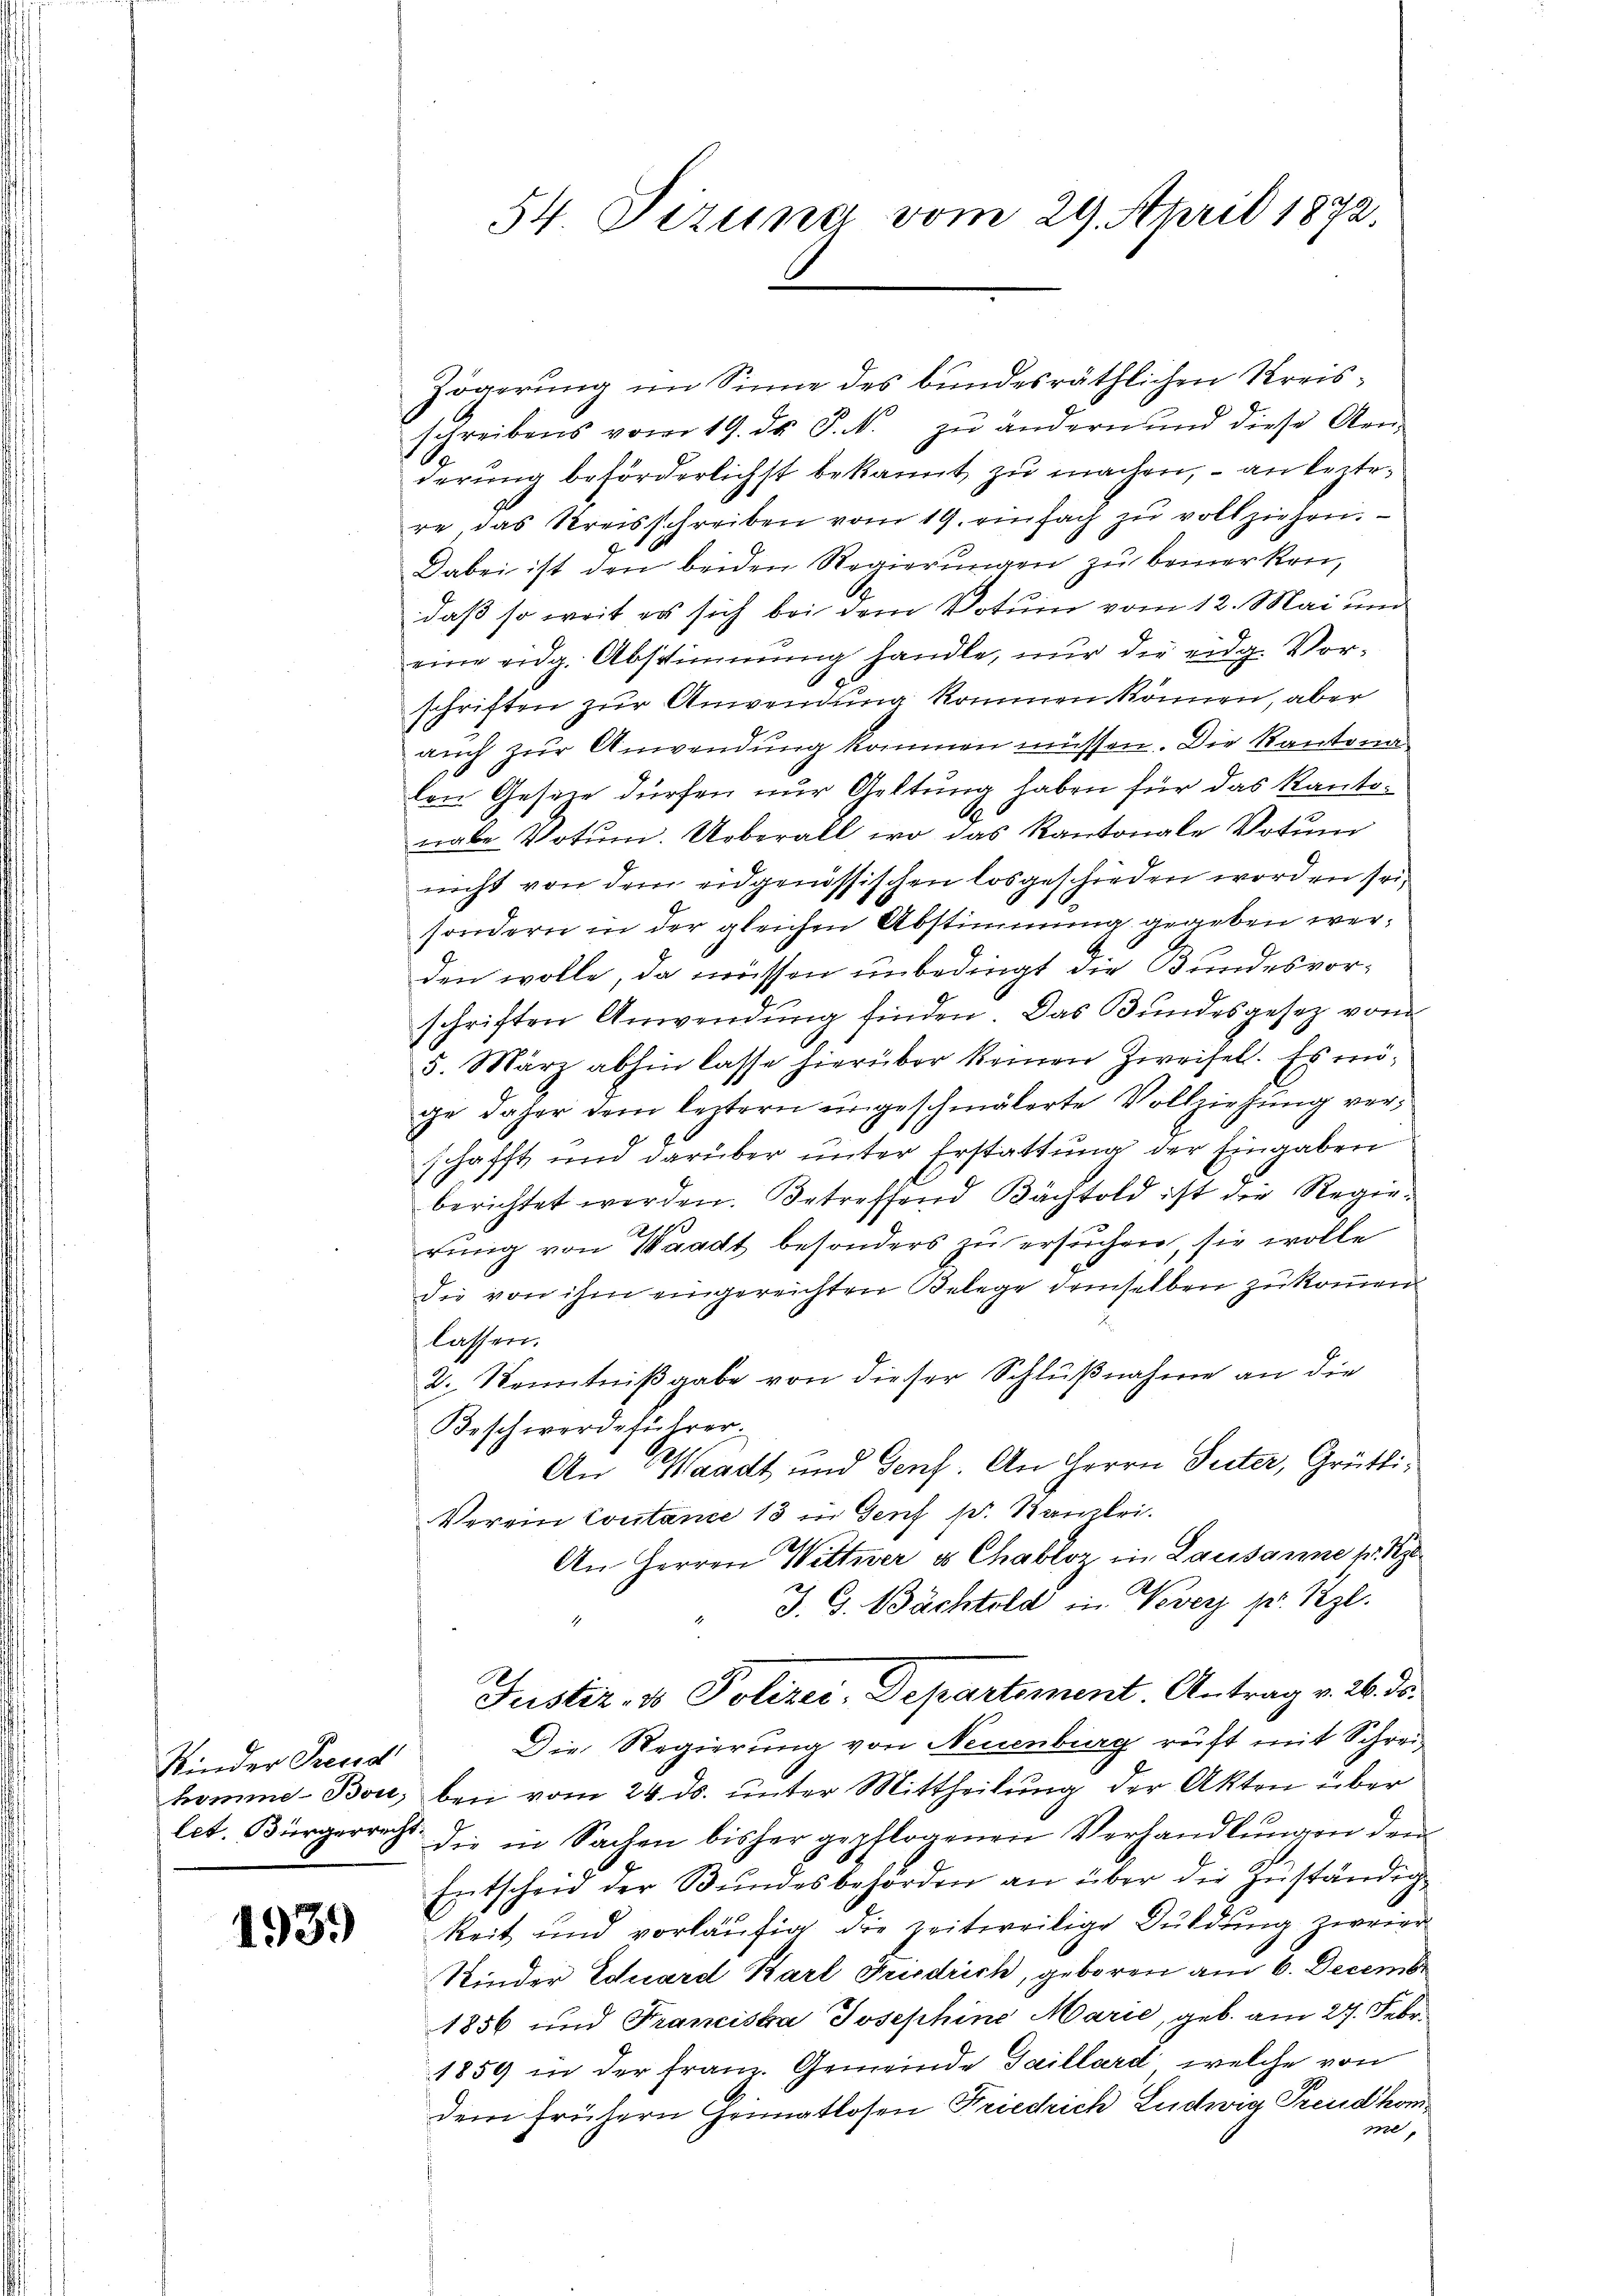
Kinder Freud

1939)

54 Pizuna vom 29. April 1872.

Zögerung im Sinne des bundesräthlichen Kreisschreibens vom 19. ds P. N. zu ändern und diese Aen-
derung beförderlichst bekannt, zu machen, – an leztere, das Kreisschreiben vom 19. einfach zu vollziehen.
Dabei ist den beiden Regierungen zu bemerken,
daß so weit es sich bei dem Votum vom 12. Mai und
eine eidg. Abstimmung handle, nur die eidg. Vor-
schriften zur Anwendung kommen können, aber
auch zur Anwendung kommen müssen. Die Kantona
len Gesetze dürfen nur Geltung haben für das Kanto¬
A
nabe Votum. Ueberall wo das Kantonale Votum
nicht von dem eidgenössischen losgeschieden worden sei,
sondern in der gleichen Abstimmung gegeben werden wolle, da müssen unbedingt die Bundesvorschriften Anwendung finden. Das Bundesgesetz von
5. März abhin lasse hierüber keinen Zweifel. Es möge daher dem leztern ungeschmälerte Vollziehung verschafft und darüber unter Erstattung der Eingaben
berichtet werden. Betreffend Bächtold ist die Regie-
rung von Waadt besonders zu ersuchen, sie wolle
die von ihm eingereichten Belege demselben zu kommen
lassen.
2. Kenntnißgabe von dieser Schlußnahme an die
Beschwerdeführer.
An Waadt und Genf. An Herrn Peter, Grütli¬
Verein Contance 13 in Genf pr. Kanzlei.
An Herren Wittwer u Chabloz im Lausanne pr. 1
J. G. Bächtold in Nover pr. Kgl.
1
Justiz- & Polizei-Departement. Antrag v. 26. ds.
Die Regierung von Neuenburg ruft mit Schreikomme- Bon, bei vom 24. ds. unter Mittheilung der Akten über
let. Bürgerreicht die in Sachen bisher gepflogenen Verhandlŭngen dem
Entscheid der Bŭndesbehörden an über die Zŭständig
keit und vorläufig die zeitweilige Duldung zweier
Kinder Eduard Karl Friedrich, geboren am 6. Decembe
1856 und Franciska Josephine Marie, geb. am 27. Febr.
1859 in der Franz. Gemeinde Gaillard, welche von
dem frühern Grimatlosen Friedrich Ludwig Freudkomme,